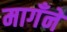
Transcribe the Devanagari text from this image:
मागँने